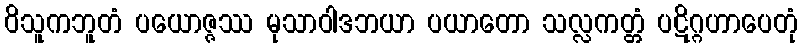
ဝိသူကဘူတံ ပယောဇ္ဇဿ မုသာဝါဒဘယာ ပယာတော သလ္လကတ္တံ ပဋိဂ္ဂဟာပေတုံ